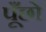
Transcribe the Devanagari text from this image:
पूँछो